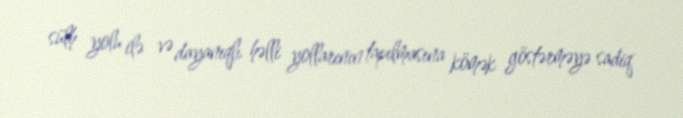
sülh yolu ilə və dayanıqlı həlli yollarının tapılmasına kömək göstərməyə sadiq